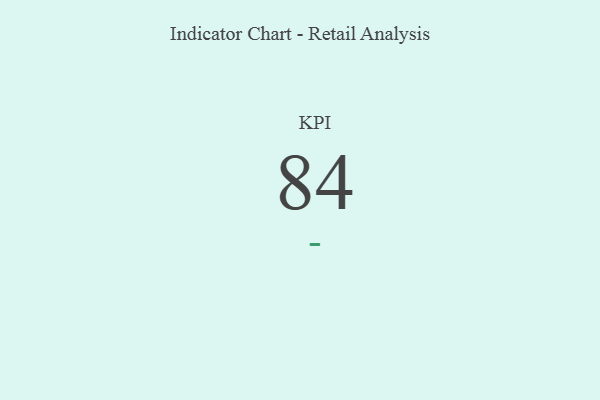
{"axis": {"x": "KPI", "y": "Value"}, "legend": [""], "data": [{"x": "KPI", "y": 84, "type": ""}]}